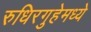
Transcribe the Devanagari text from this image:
रुधिरगुहेमध्ये